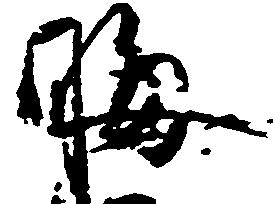
晦